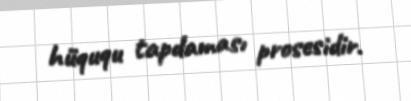
hüququ tapdaması prosesidir.